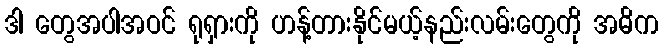
ဒါ တွေအပါအဝင် ရုရှားကို ဟန့်တားနိုင်မယ့်နည်းလမ်းတွေကို အဓိက